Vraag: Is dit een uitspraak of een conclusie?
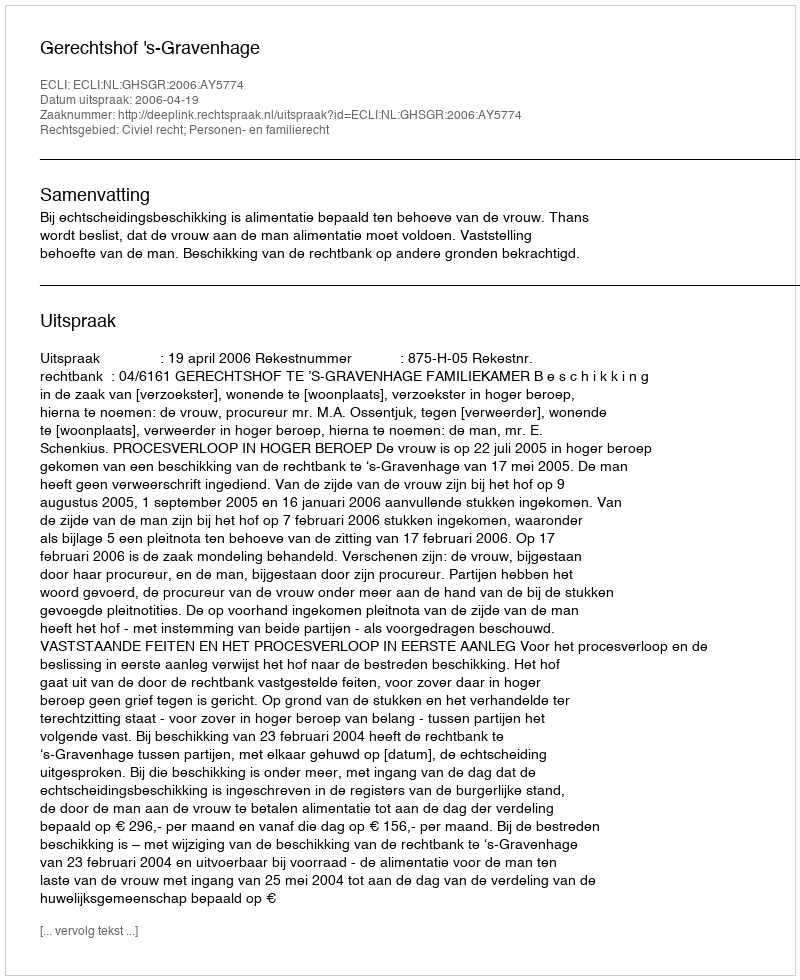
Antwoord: Uitspraak